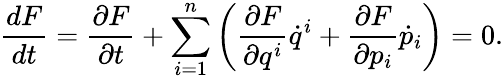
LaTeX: \frac{dF}{dt}=\frac{\partial F}{\partial t}+\sum_{i=1}^{n}\left(\frac{\partial F}{\partial q^{i}}\dot{q}^{i}+\frac{\partial F}{\partial p_{i}}\dot{p}_{i}\right)=0.